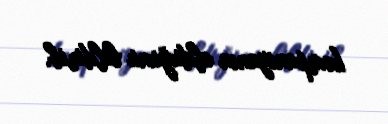
kompaniyanın olduğunu bildirib.